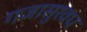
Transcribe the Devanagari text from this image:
गजासुरवध